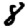
Digit: 8